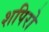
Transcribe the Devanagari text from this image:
शपिरो